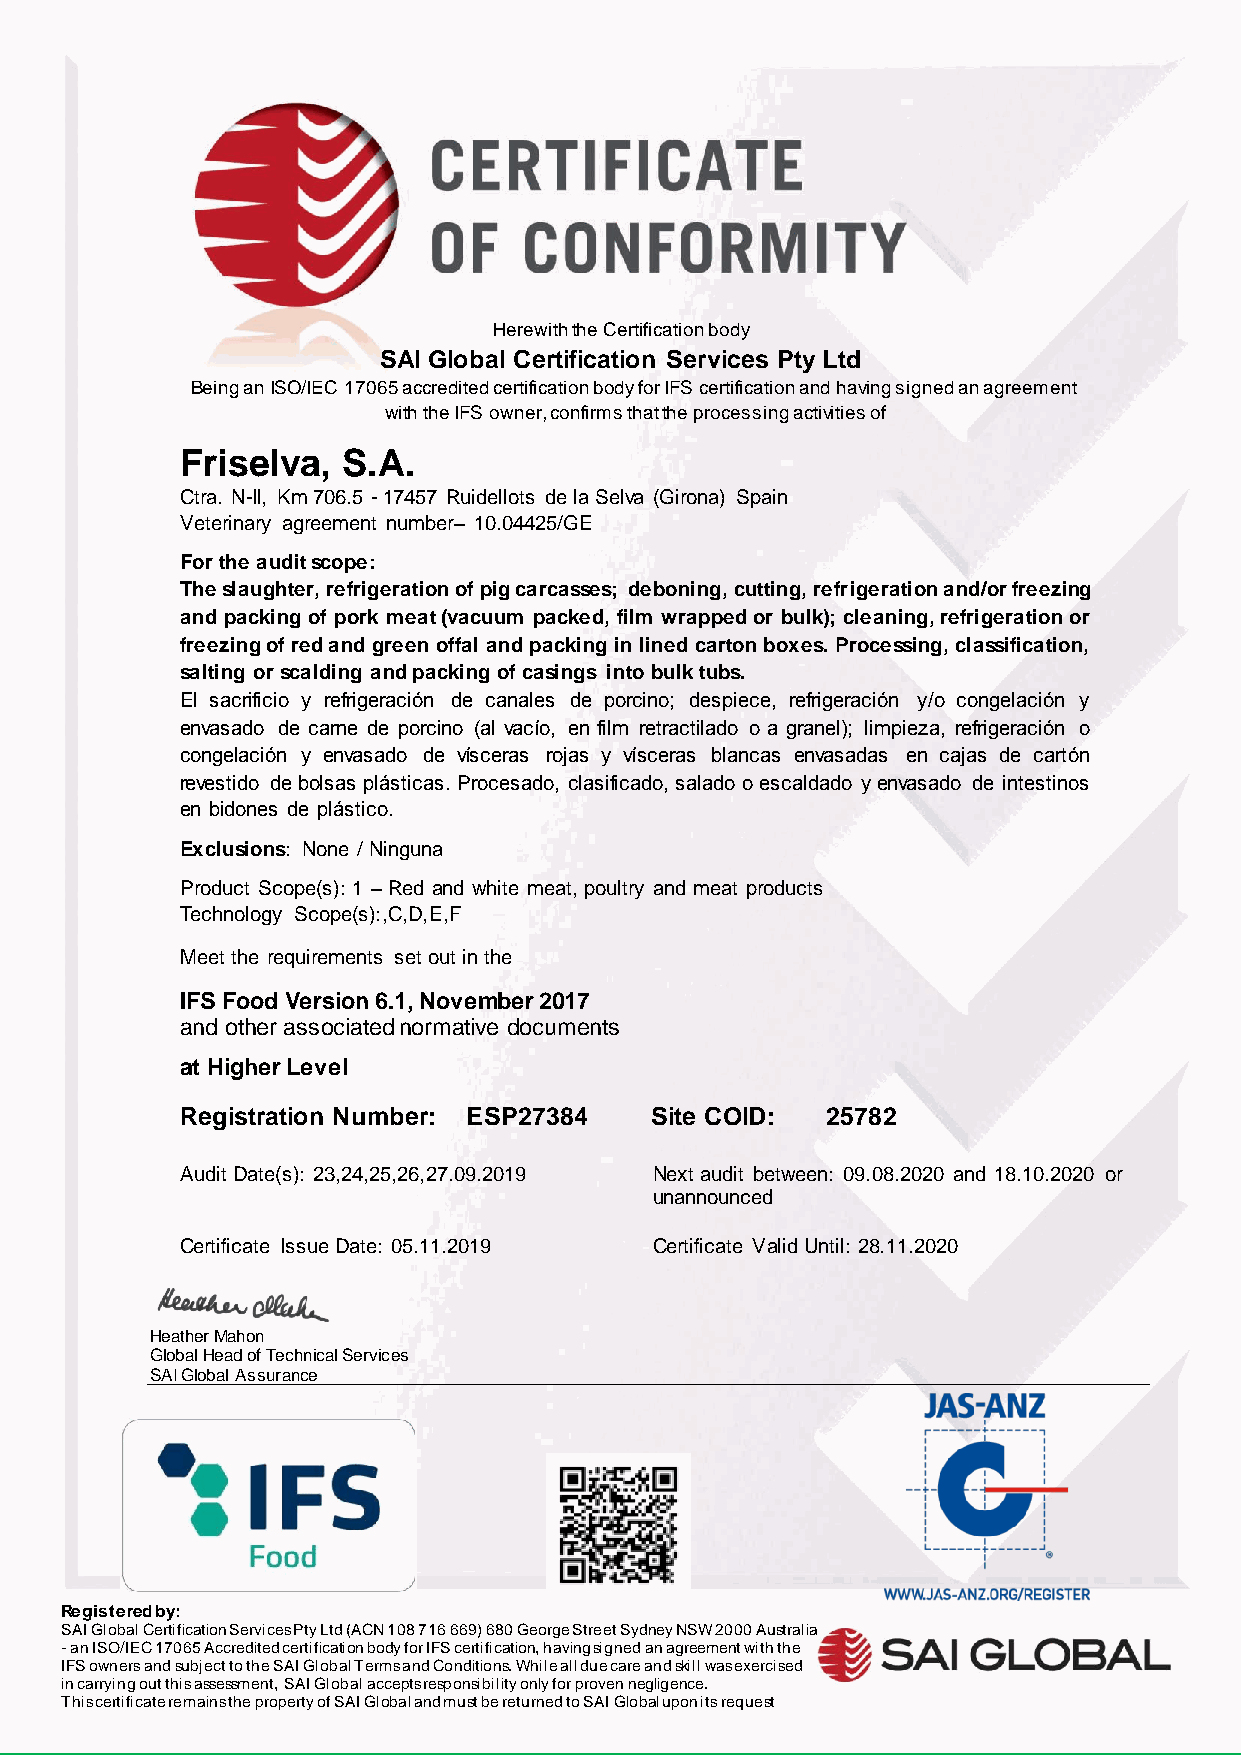
Herewith the Certification body
 SAI Global Certification Services Pty Ltd
 Being an ISO/IEC 17065 accredited certification body for IFS certification and having signed an agreement
 with the IFS owner, confirms that the processing activities of
 Friselva,  S.A.
 Ctra. N-II, Km 706.5 - 17457 Ruidellots de la Selva (Girona) Spain
 Veterinary agreement number– 10.04425/GE
 For the audit scope:
 The slaughter, refrigeration of pig carcasses; deboning, cutting, refrigeration and/or freezing
 and packing of pork meat (vacuum packed, film wrapped or bulk); cleaning, refrigeration or
 freezing of red and green offal and packing in lined carton boxes. Processing, classification,
 salting or scalding and packing of casings into bulk tubs.
 El sacrificio y refrigeración de canales de porcino; despiece, refrigeración y/o congelación y
 envasado de carne de porcino (al vacío, en film retractilado o a granel); limpieza, refrigeración o
 congelación y envasado de vísceras rojas y vísceras blancas envasadas en cajas de cartón
 revestido de bolsas plásticas. Procesado, clasificado, salado o escaldado y envasado de intestinos
 en bidones de plástico.
 Exclusions: None / Ninguna
 Product Scope(s): 1 – Red and white meat, poultry and meat products
 Technology Scope(s):,C,D,E,F
 Meet the requirements set out in the
 IFS Food Version 6.1, November 2017
 and other associated normative documents
 at Higher Level
 Registration Number: ESP27384  Site COID:  25782
 Audit Date(s): 23,24,25,26,27.09.2019 Next audit between: 09.08.2020 and 18.10.2020 or
 unannounced
 Certificate Issue Date: 05.11.2019 Certificate Valid Until: 28.11.2020
 Heather Mahon
 Global Head of Technical Services
 SAI Global Assurance
 Registered by:
 SAI Global Certification Services Pty Ltd (ACN 108 716 669) 680 George Street Sydney NSW 2000 Australia
 - an ISO/IEC 17065 Accredited certification body for IFS certification, having signed an agreement with the
 IFS owners and subject to the SAI Global Terms and Conditions. While all due care and skill was exercised
 in carrying out this assessment, SAI Global accepts responsibility only for proven negligence.
 This certificate remains the property of SAI Global and must be returned to SAI Global upon its request